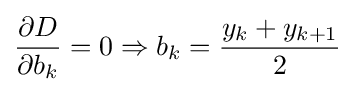
{\partial D \over \partial b_{k}}=0\Rightarrow b_{k}={y_{k}+y_{k+1} \over 2}